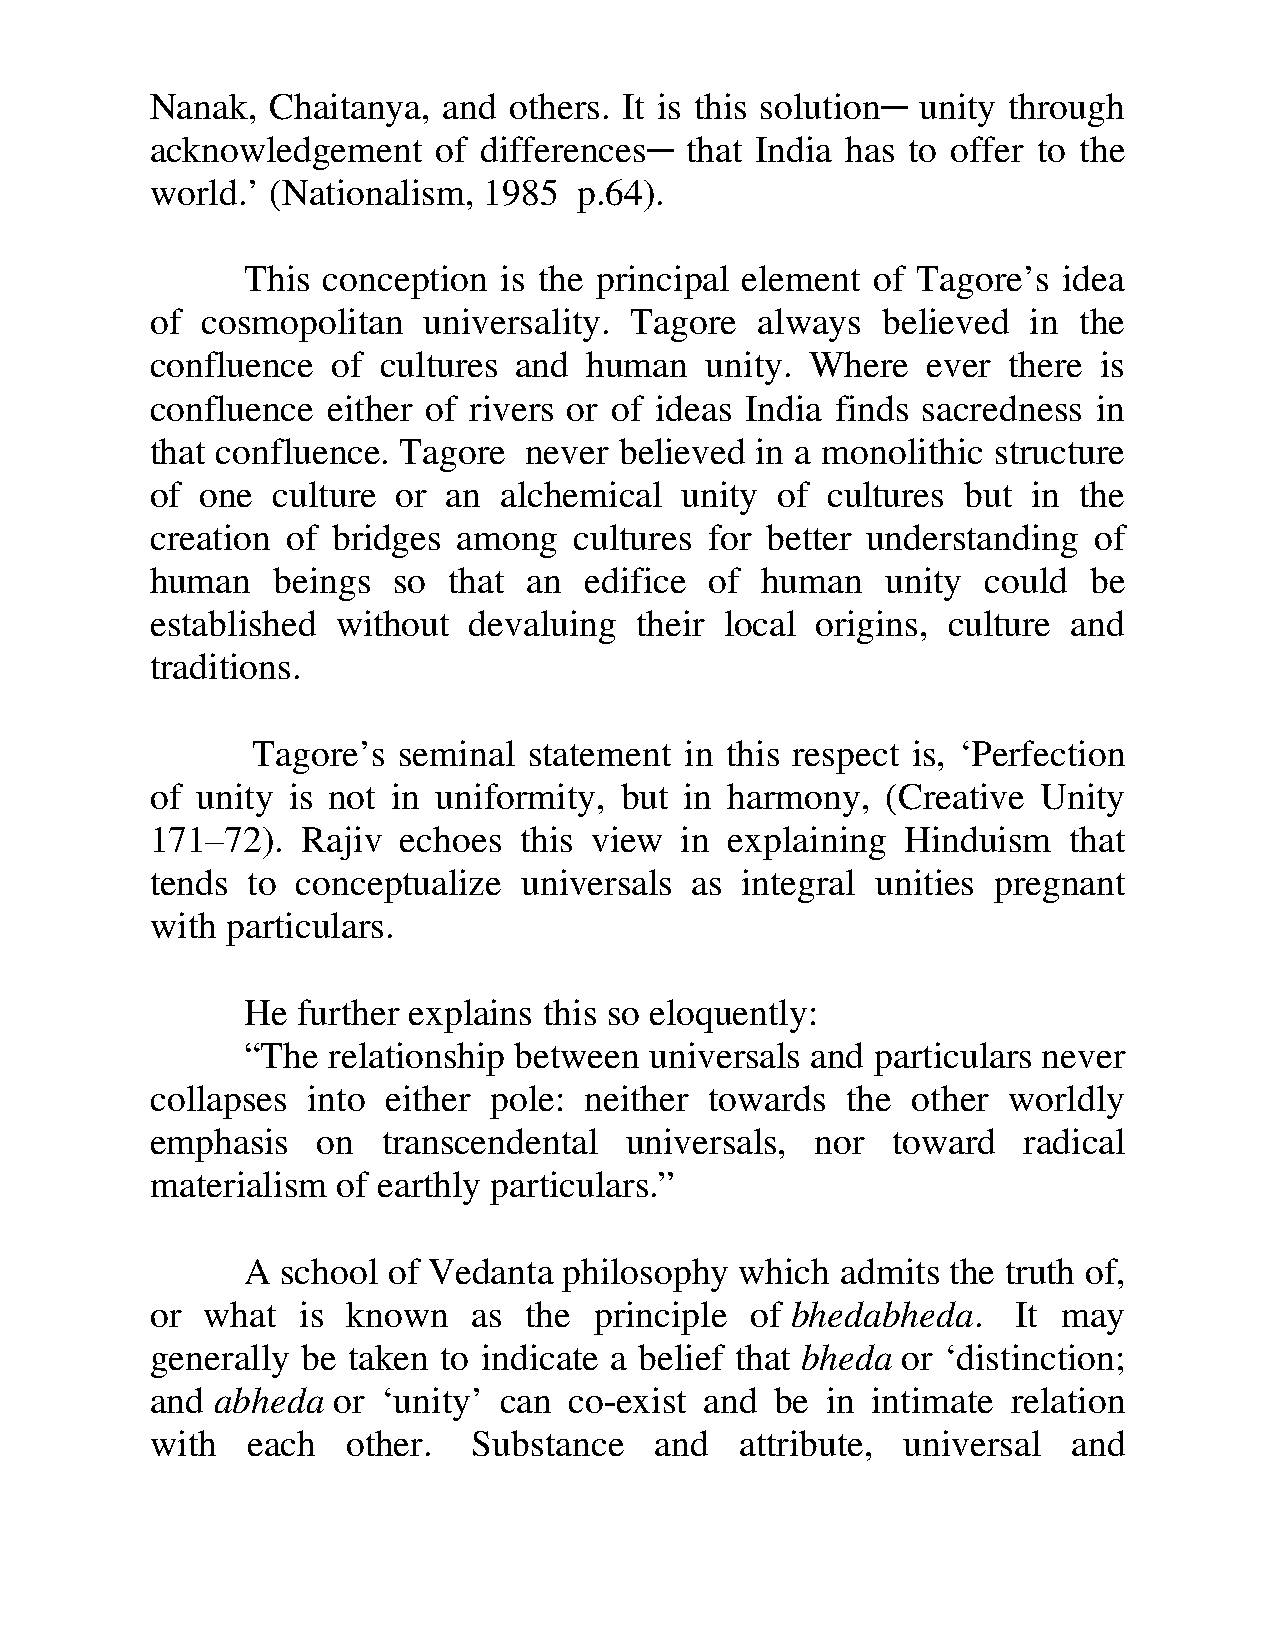
─
 Nanak,  Chaitanya, and  others. It is this solution unity through
 ─
 acknowledgement    of differences  that India has to offer to the
 world.’ (Nationalism, 1985  p.64).
 This conception  is the principal element of Tagore’s idea
 of cosmopolitan   universality. Tagore  always  believed  in the
 confluence  of cultures and  human   unity. Where  ever  there is
 confluence  either of rivers or of ideas India finds sacredness in
 that confluence. Tagore  never believed in a monolithic structure
 of one  culture or  an alchemical  unity of  cultures but in the
 creation of bridges among   cultures for better understanding of
 human   beings  so  that an  edifice of human    unity could  be
 established without  devaluing  their local origins, culture and
 traditions.
 Tagore’s seminal  statement in this respect is, ‘Perfection
 of unity is not in uniformity, but in harmony,   (Creative Unity
 171–72).  Rajiv echoes  this view  in explaining  Hinduism   that
 tends to  conceptualize universals  as integral unities pregnant
 with particulars.
 He  further explains this so eloquently:
 “The  relationship between universals and particulars never
 collapses into either pole:  neither towards  the other  worldly
 emphasis   on  transcendental  universals,  nor  toward   radical
 materialism of earthly particulars.”
 A  school of Vedanta philosophy  which  admits the truth of,
 or what   is known   as  the principle  of bhedabheda.   It may
 generally be taken to indicate a belief that bheda or ‘distinction;
 and abheda  or ‘unity’ can  co-exist and be  in intimate relation
 with  each   other.  Substance   and   attribute, universal  and